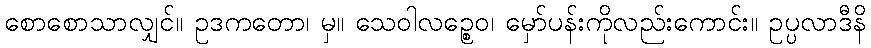
စောစောသာလျှင်။ ဥဒကတော၊ မှ။ သေဝါလဉ္စေဝ၊ မှော်ပန်းကိုလည်းကောင်း။ ဥပ္ပလာဒီနိ